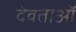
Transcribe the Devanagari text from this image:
देवताऑ